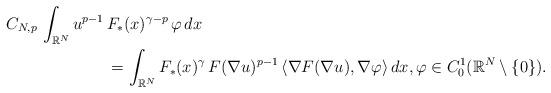
LaTeX: \begin{align*}C_{N,p}\, \int_{\mathbb{R}^N} u^{p-1}\, &F_*(x)^{\gamma-p}\,\varphi\, dx\\&=\int_{\mathbb{R}^N} F_*(x)^\gamma\,F(\nabla u)^{p-1}\,\langle \nabla F(\nabla u),\nabla\varphi\rangle\, dx,\varphi\in C^1_0(\mathbb{R}^N\setminus\{0\}).\end{align*}